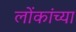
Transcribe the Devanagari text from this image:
लोंकांच्या